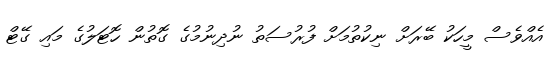
އެއްވެސް މީހަކު ބޭރަށް ނިކުތުމަށް ފުރުސަތު ނުދިނުމުގެ ގޮތުން ހޮޓަލުގެ މައި ގޭޓް